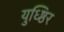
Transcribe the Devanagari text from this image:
युध्ष्ठिर